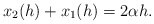
\begin{align*} \begin{aligned}x_2(h)+x_1(h)=2\alpha h. \end{aligned} \end{align*}